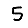
Digit: 5